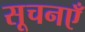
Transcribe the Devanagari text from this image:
सूचनएँ